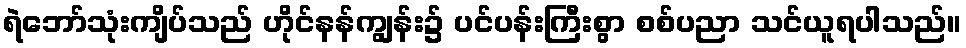
ရဲဘော်သုံးကျိပ်သည် ဟိုင်နန်ကျွန်း၌ ပင်ပန်းကြီးစွာ စစ်ပညာ သင်ယူရပါသည်။